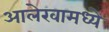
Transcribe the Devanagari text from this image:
आलेखामध्ये